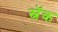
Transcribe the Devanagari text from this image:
स्नॅक